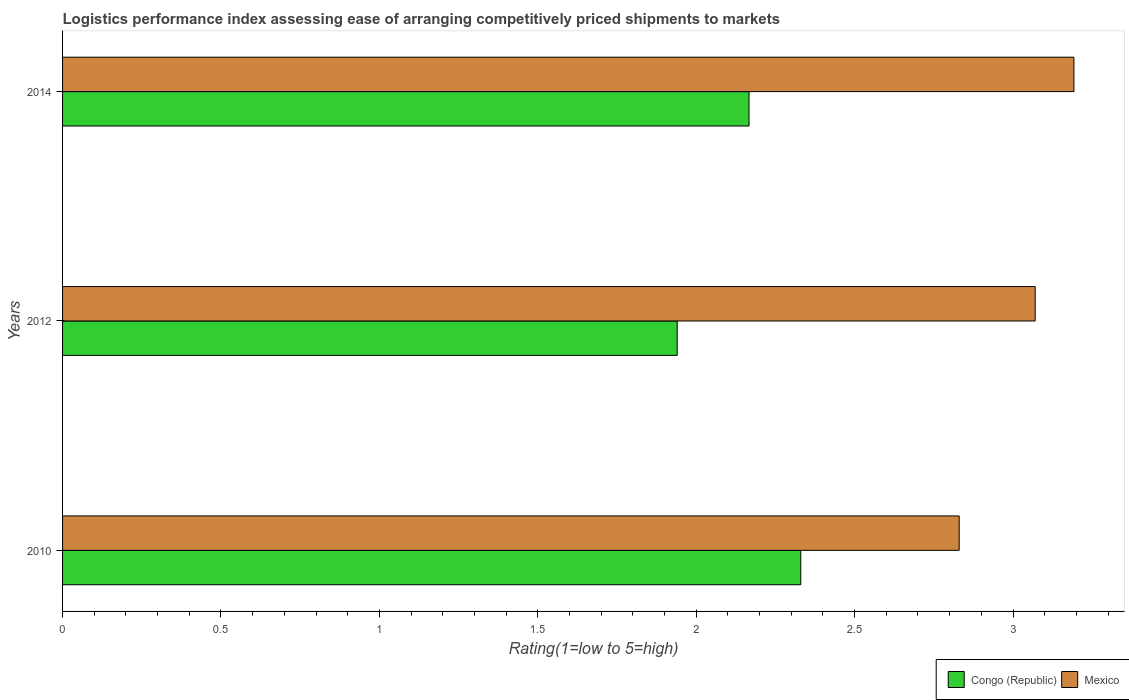
| Years | Congo (Republic) | Mexico |
 | --- | --- | --- |
 | 2010 | 2.33 | 2.83 |
 | 2012 | 1.94 | 3.07 |
 | 2014 | 2.17 | 3.19 |